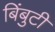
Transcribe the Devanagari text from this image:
बिंबुटी